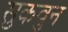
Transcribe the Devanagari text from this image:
सुकवुन